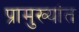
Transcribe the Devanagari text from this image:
प्रामुख्यांत